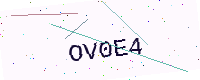
Text: OV0E4